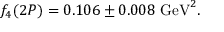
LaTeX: f _ { 4 } ( 2 P ) = 0 . 1 0 6 \pm 0 . 0 0 8 ~ \mathrm { G e V } ^ { 2 } .